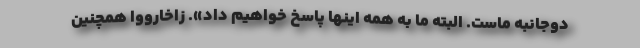
دوجانبه ماست. البته ما به همه اینها پاسخ خواهیم داد». زاخارووا همچنین